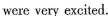
were very excited.